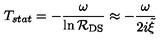
T _ { s t a t } = - \frac { \omega } { \ln { \cal R } _ { \mathrm { D S } } } \approx - \frac { \omega } { 2 i { \tilde { \xi } } }